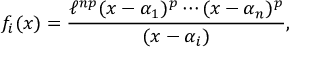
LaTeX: f _ { i } ( x ) = { \frac { \ell ^ { n p } ( x - \alpha _ { 1 } ) ^ { p } \cdots ( x - \alpha _ { n } ) ^ { p } } { ( x - \alpha _ { i } ) } } ,